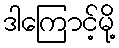
ဒါကြောင့်မို့